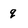
Character: q